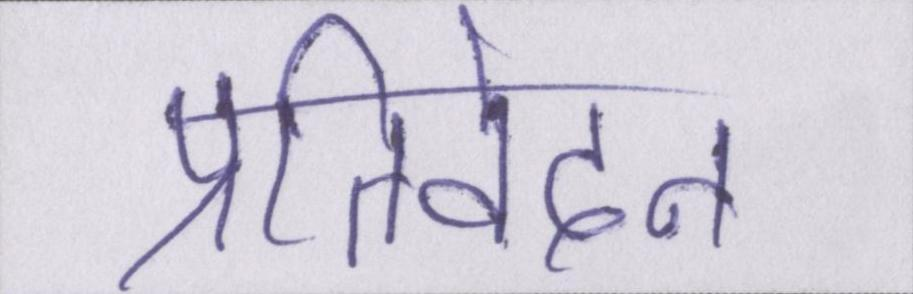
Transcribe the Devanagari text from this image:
प्रतिवेदन